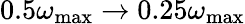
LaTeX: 0.5\omega_{\mathrm{max}}\to 0.25\omega_{\mathrm{max}}